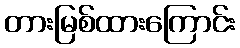
တားမြစ်ထားကြောင်း